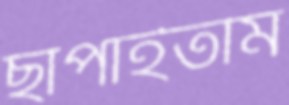
ছাপাইতাম